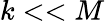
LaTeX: k<<M